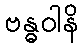
ဗန္ဓဝါနိ